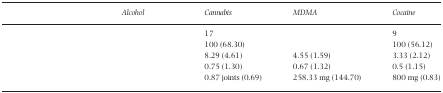
<table><thead><tr><td>[EMPTY_CELL]</td><td><b>Alcohol</b></td><td><b>Cannabis</b></td><td><b>MDMA</b></td><td><b>Cocaine</b></td></tr></thead><tbody><tr><td>[EMPTY_CELL]</td><td>[EMPTY_CELL]</td><td>17</td><td>[EMPTY_CELL]</td><td>9</td></tr><tr><td>[EMPTY_CELL]</td><td>[EMPTY_CELL]</td><td>100 (68.30)</td><td>[EMPTY_CELL]</td><td>100 (56.12)</td></tr><tr><td>[EMPTY_CELL]</td><td>[EMPTY_CELL]</td><td>8.29 (4.61)</td><td>4.55 (1.59)</td><td>3.33 (2.12)</td></tr><tr><td>[EMPTY_CELL]</td><td>[EMPTY_CELL]</td><td>0.75 (1.30)</td><td>0.67 (1.32)</td><td>0.5 (1.15)</td></tr><tr><td>[EMPTY_CELL]</td><td>[EMPTY_CELL]</td><td>0.87 joints (0.69)</td><td>258.33 mg (144.70)</td><td>800 mg (0.83)</td></tr></tbody></table>